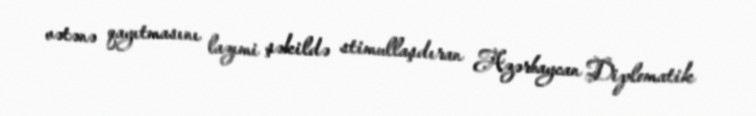
vətənə qayıtmasını lazımi şəkildə stimullaşdıran Azərbaycan Diplomatik